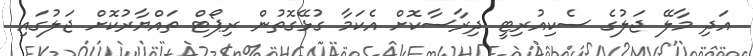
އަދި މާލޭ ޖަލުގެ ސެކިއުރިޓީ ދިރާސާކޮށް އެކަމާ ގުޅޭގޮތުން ރިޕޯޓް ތައްޔާރުކޮށް ޖަލުގައި